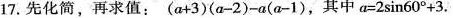
17.先化简，再求值：$$( a + 3 ) ( a - 2 ) - a ( a - 1 )$$，其中$$a = 2 \sin 6 0 ° + 3$$.